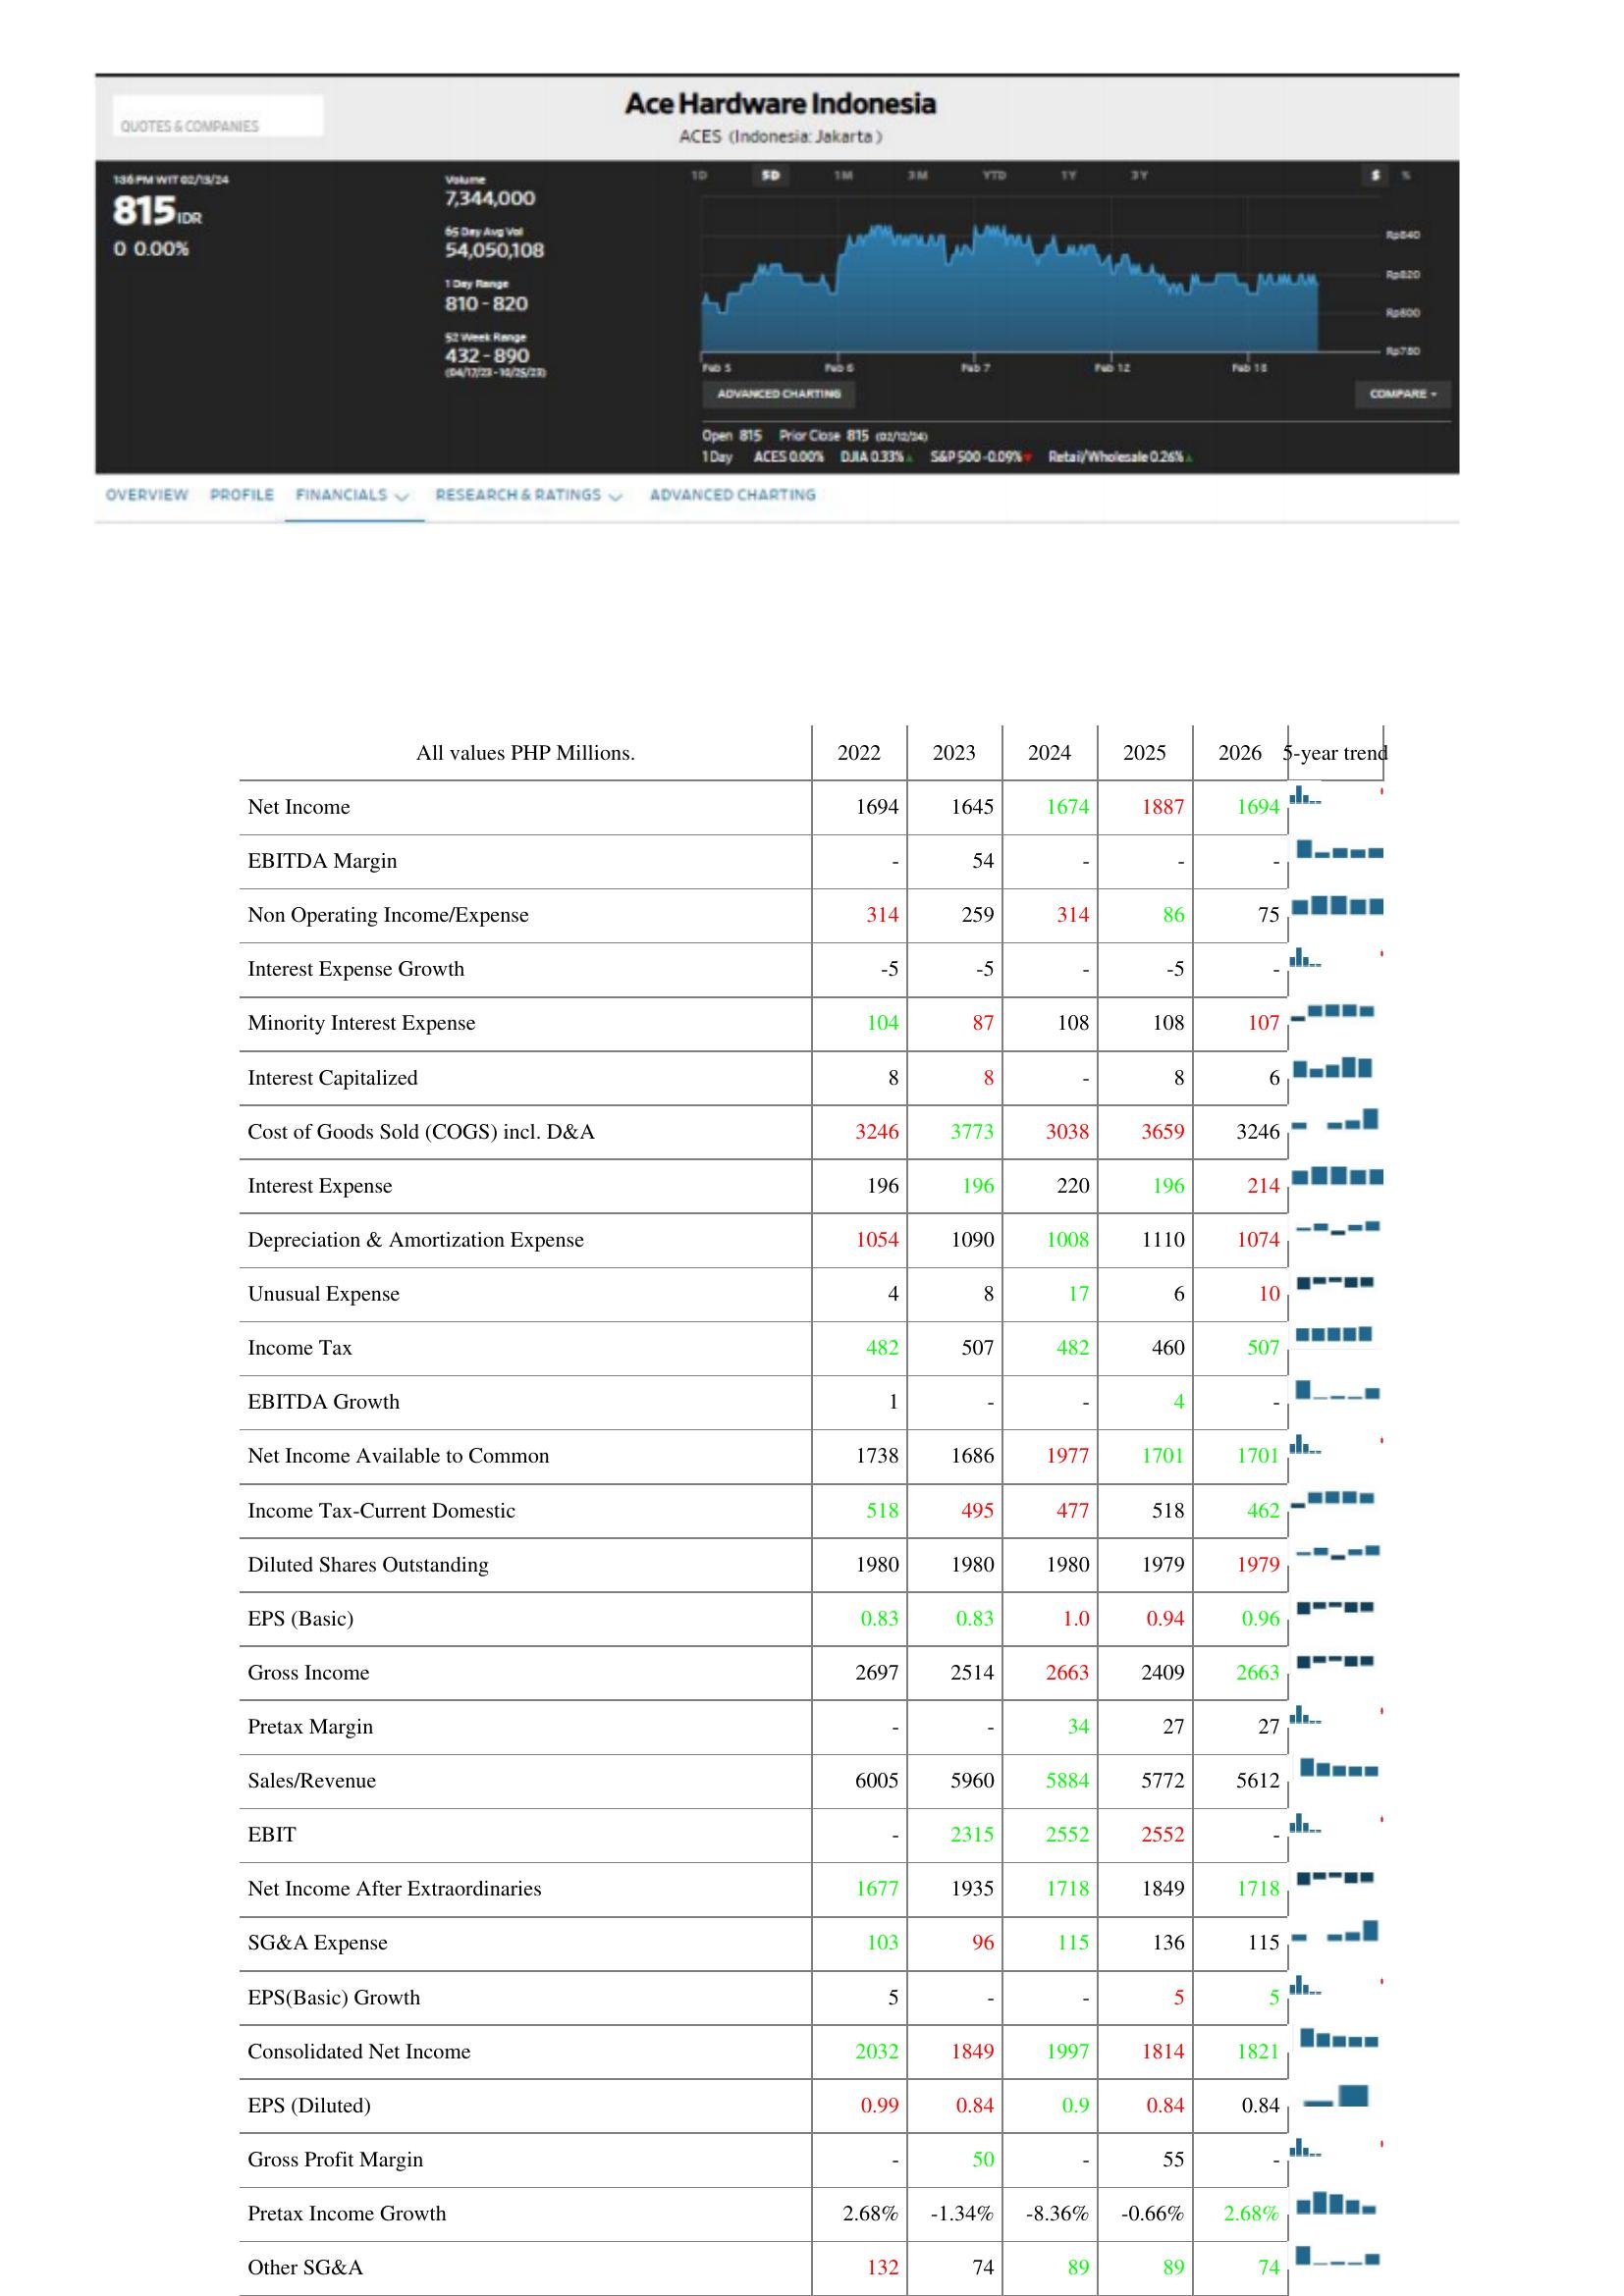
2022: : Net Income: 1694
EBITDA Margin: -
Non Operating Income/Expense: 314
Interest Expense Growth: -5
Minority Interest Expense: 104
Interest Capitalized: 8
Cost of Goods Sold (COGS) incl. D&A: 3246
Interest Expense: 196
Depreciation & Amortization Expense: 1054
Unusual Expense: 4
Income Tax: 482
EBITDA Growth: 1
Net Income Available to Common: 1738
Income Tax-Current Domestic: 518
Diluted Shares Outstanding: 1980
EPS (Basic): 0.83
Gross Income: 2697
Pretax Margin: -
Sales/Revenue: 6005
EBIT: -
Net Income After Extraordinaries: 1677
SG&A Expense: 103
EPS(Basic) Growth: 5
Consolidated Net Income: 2032
EPS (Diluted): 0.99
Gross Profit Margin: -
Pretax Income Growth: 2.68%
Other SG&A: 132
2023: : Net Income: 1645
EBITDA Margin: 54
Non Operating Income/Expense: 259
Interest Expense Growth: -5
Minority Interest Expense: 87
Interest Capitalized: 8
Cost of Goods Sold (COGS) incl. D&A: 3773
Interest Expense: 196
Depreciation & Amortization Expense: 1090
Unusual Expense: 8
Income Tax: 507
EBITDA Growth: -
Net Income Available to Common: 1686
Income Tax-Current Domestic: 495
Diluted Shares Outstanding: 1980
EPS (Basic): 0.83
Gross Income: 2514
Pretax Margin: -
Sales/Revenue: 5960
EBIT: 2315
Net Income After Extraordinaries: 1935
SG&A Expense: 96
EPS(Basic) Growth: -
Consolidated Net Income: 1849
EPS (Diluted): 0.84
Gross Profit Margin: 50
Pretax Income Growth: -1.34%
Other SG&A: 74
2024: : Net Income: 1674
EBITDA Margin: -
Non Operating Income/Expense: 314
Interest Expense Growth: -
Minority Interest Expense: 108
Interest Capitalized: -
Cost of Goods Sold (COGS) incl. D&A: 3038
Interest Expense: 220
Depreciation & Amortization Expense: 1008
Unusual Expense: 17
Income Tax: 482
EBITDA Growth: -
Net Income Available to Common: 1977
Income Tax-Current Domestic: 477
Diluted Shares Outstanding: 1980
EPS (Basic): 1.0
Gross Income: 2663
Pretax Margin: 34
Sales/Revenue: 5884
EBIT: 2552
Net Income After Extraordinaries: 1718
SG&A Expense: 115
EPS(Basic) Growth: -
Consolidated Net Income: 1997
EPS (Diluted): 0.9
Gross Profit Margin: -
Pretax Income Growth: -8.36%
Other SG&A: 89
2025: : Net Income: 1887
EBITDA Margin: -
Non Operating Income/Expense: 86
Interest Expense Growth: -5
Minority Interest Expense: 108
Interest Capitalized: 8
Cost of Goods Sold (COGS) incl. D&A: 3659
Interest Expense: 196
Depreciation & Amortization Expense: 1110
Unusual Expense: 6
Income Tax: 460
EBITDA Growth: 4
Net Income Available to Common: 1701
Income Tax-Current Domestic: 518
Diluted Shares Outstanding: 1979
EPS (Basic): 0.94
Gross Income: 2409
Pretax Margin: 27
Sales/Revenue: 5772
EBIT: 2552
Net Income After Extraordinaries: 1849
SG&A Expense: 136
EPS(Basic) Growth: 5
Consolidated Net Income: 1814
EPS (Diluted): 0.84
Gross Profit Margin: 55
Pretax Income Growth: -0.66%
Other SG&A: 89
2026: : Net Income: 1694
EBITDA Margin: -
Non Operating Income/Expense: 75
Interest Expense Growth: -
Minority Interest Expense: 107
Interest Capitalized: 6
Cost of Goods Sold (COGS) incl. D&A: 3246
Interest Expense: 214
Depreciation & Amortization Expense: 1074
Unusual Expense: 10
Income Tax: 507
EBITDA Growth: -
Net Income Available to Common: 1701
Income Tax-Current Domestic: 462
Diluted Shares Outstanding: 1979
EPS (Basic): 0.96
Gross Income: 2663
Pretax Margin: 27
Sales/Revenue: 5612
EBIT: -
Net Income After Extraordinaries: 1718
SG&A Expense: 115
EPS(Basic) Growth: 5
Consolidated Net Income: 1821
EPS (Diluted): 0.84
Gross Profit Margin: -
Pretax Income Growth: 2.68%
Other SG&A: 74